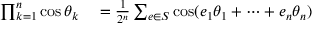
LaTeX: \begin{array} { r l } { \prod _ { k = 1 } ^ { n } \cos \theta _ { k } } & { { } = { \frac { 1 } { 2 ^ { n } } } \sum _ { e \in S } \cos ( e _ { 1 } \theta _ { 1 } + \cdots + e _ { n } \theta _ { n } ) } \end{array}